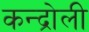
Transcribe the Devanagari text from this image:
कन्द्रोली